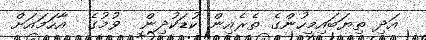
އަދި ތިޔަބައިމީހުންގެ ތެރެއިން ކުޑަކުދިން  ވުމުގެ  އާހަމައަށް